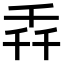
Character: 𫧢